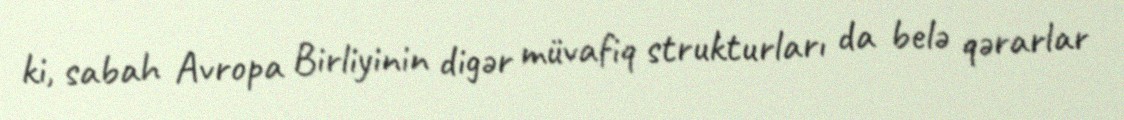
ki, sabah Avropa Birliyinin digər müvafiq strukturları da belə qərarlar